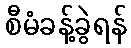
စီမံခန့်ခွဲရန်